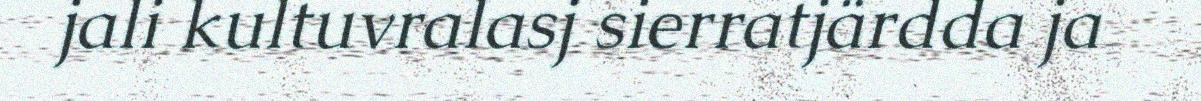
jali kultuvralasj sierratjärdda ja